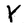
Character: Y